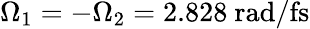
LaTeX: \Omega_{1}=-\Omega_{2}=2.828~\mathrm{rad/fs}